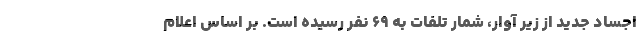
اجساد جدید از زیر آوار، شمار تلفات به ۶۹ نفر رسیده است. بر اساس اعلام